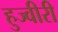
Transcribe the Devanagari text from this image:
हुज्वीरी